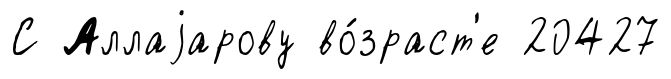
С Аллаjарову во́зраст'е 20427